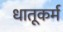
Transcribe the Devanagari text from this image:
धातूकर्म